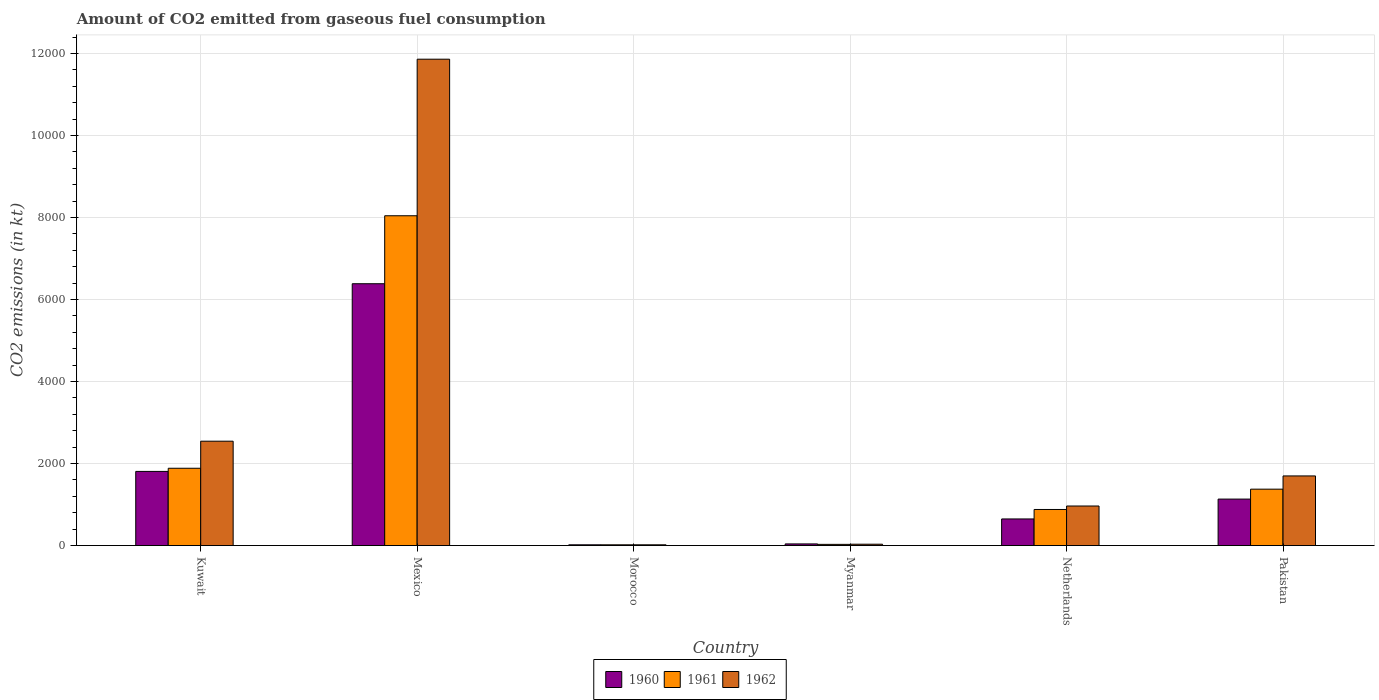
| Country | 1960 | 1961 | 1962 |
 | --- | --- | --- | --- |
 | Kuwait | 1.81e+03 | 1.88e+03 | 2.54e+03 |
 | Mexico | 6.38e+03 | 8.04e+03 | 1.19e+04 |
 | Morocco | 18.3 | 18.3 | 18.3 |
 | Myanmar | 40.3 | 29.3 | 33 |
 | Netherlands | 649 | 880 | 964 |
 | Pakistan | 1.13e+03 | 1.38e+03 | 1.7e+03 |